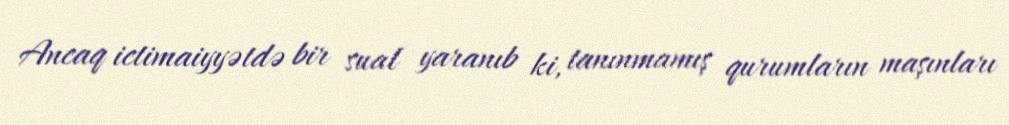
Ancaq ictimaiyyətdə bir sual yaranıb ki, tanınmamış qurumların maşınları